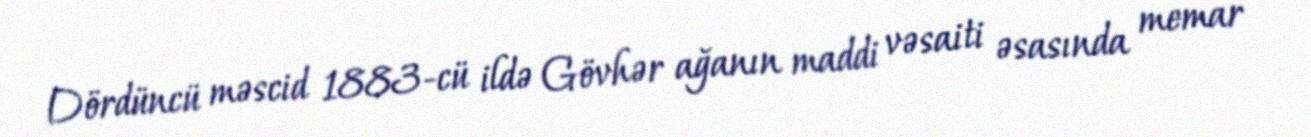
Dördüncü məscid 1883-cü ildə Gövhər ağanın maddi vəsaiti əsasında memar